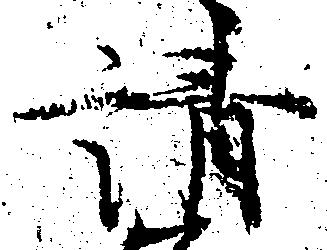
請